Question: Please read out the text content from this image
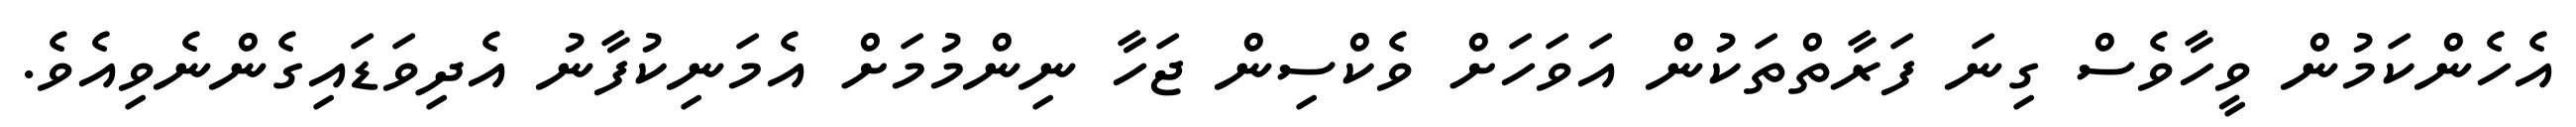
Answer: އެހެންކަމުން ވީހާވެސް ގިނަ ފަރާތްތަކުން އަވަހަށް ވެކްސިން ޖަހާ ނިންމުމަށް އެމަނިކުފާނު އެދިވަޑައިގެންނެވިއެވެ.